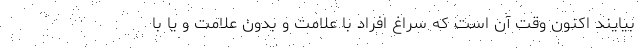
بیایند اکنون وقت آن است که سراغ افراد با علامت و بدون علامت و یا با